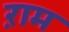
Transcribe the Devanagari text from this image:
ऱाम